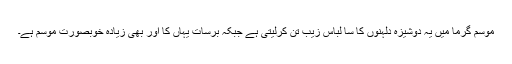
موسم گرما میں یہ دوشیزہ دلہنوں کا سا لباس زیب تن کرلیتی ہے جبکہ برسات یہاں کا اور بھی زیادہ خوبصورت موسم ہے۔